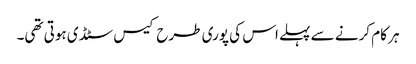
ہر کام کرنے سے پہلے اس کی پوری طرح کیس سٹڈی ہوتی تھی۔